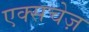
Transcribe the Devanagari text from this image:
एक्सचेज़